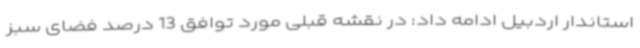
استاندار اردبیل ادامه داد: در نقشه قبلی مورد توافق 13 درصد فضای سبز